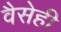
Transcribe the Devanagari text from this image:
वैसेही